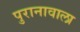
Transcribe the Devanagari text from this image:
पुरानावाला